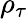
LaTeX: \rho_{\tau}